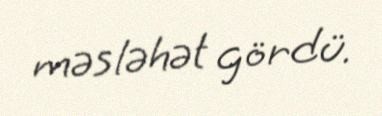
məsləhət gördü.